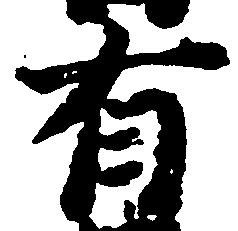
有